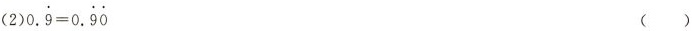
(2)$$0. \dot{9}=0. \dot{9}\dot{0}$$ ()